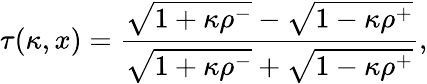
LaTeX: \tau(\kappa,x)={\frac{\sqrt{1+\kappa\rho^{-}}-\sqrt{1-\kappa\rho^{+}}}{\sqrt{1+\kappa\rho^{-}}+\sqrt{1-\kappa\rho^{+}}}},